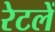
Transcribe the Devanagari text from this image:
रेटलें